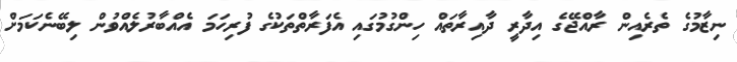
ނިޒާމުގެ ތެރެއިން ރާއްޖޭގެ އިދާރީ ދާއިރާތައް ހިންގުމުގައި އެފަރާތްތަކުގެ ފުރިހަމަ އެއްބާރުލެއްވުން ލިބޭނެކަމަށް